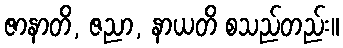
ဇာနာတိ, ဇညာ, နာယတိ စသည်တည်း။